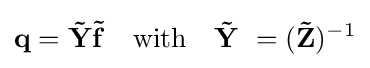
\mathbf {q} =\mathbf {\tilde {Y}} \mathbf {\tilde {f}} \quad {\text{with}}\quad \mathbf {\tilde {Y}} \ =(\mathbf {\tilde {Z}} )^{-1}